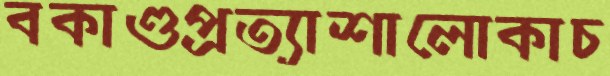
বকাণ্ডপ্রত্যাশালোকাচ